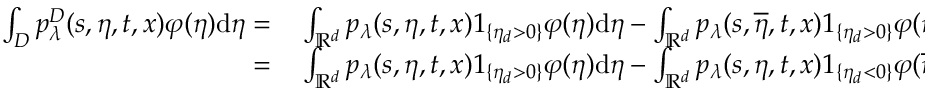
\begin{array} { r l } { \int _ { D } p _ { \lambda } ^ { D } ( s , \eta , t , x ) \varphi ( \eta ) \mathrm { d } \eta = } & { { } \int _ { \mathbb { R } ^ { d } } p _ { \lambda } ( s , \eta , t , x ) 1 _ { \{ \eta _ { d } > 0 \} } \varphi ( \eta ) \mathrm { d } \eta - \int _ { \mathbb { R } ^ { d } } p _ { \lambda } ( s , \overline { { \eta } } , t , x ) 1 _ { \{ \eta _ { d } > 0 \} } \varphi ( \eta ) \mathrm { d } \eta } \\ { = } & { { } \int _ { \mathbb { R } ^ { d } } p _ { \lambda } ( s , \eta , t , x ) 1 _ { \{ \eta _ { d } > 0 \} } \varphi ( \eta ) \mathrm { d } \eta - \int _ { \mathbb { R } ^ { d } } p _ { \lambda } ( s , \eta , t , x ) 1 _ { \{ \eta _ { d } < 0 \} } \varphi ( \overline { { \eta } } ) \mathrm { d } \eta , } \end{array}